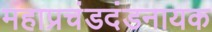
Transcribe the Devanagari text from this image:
महाप्रचंडदंडनायक